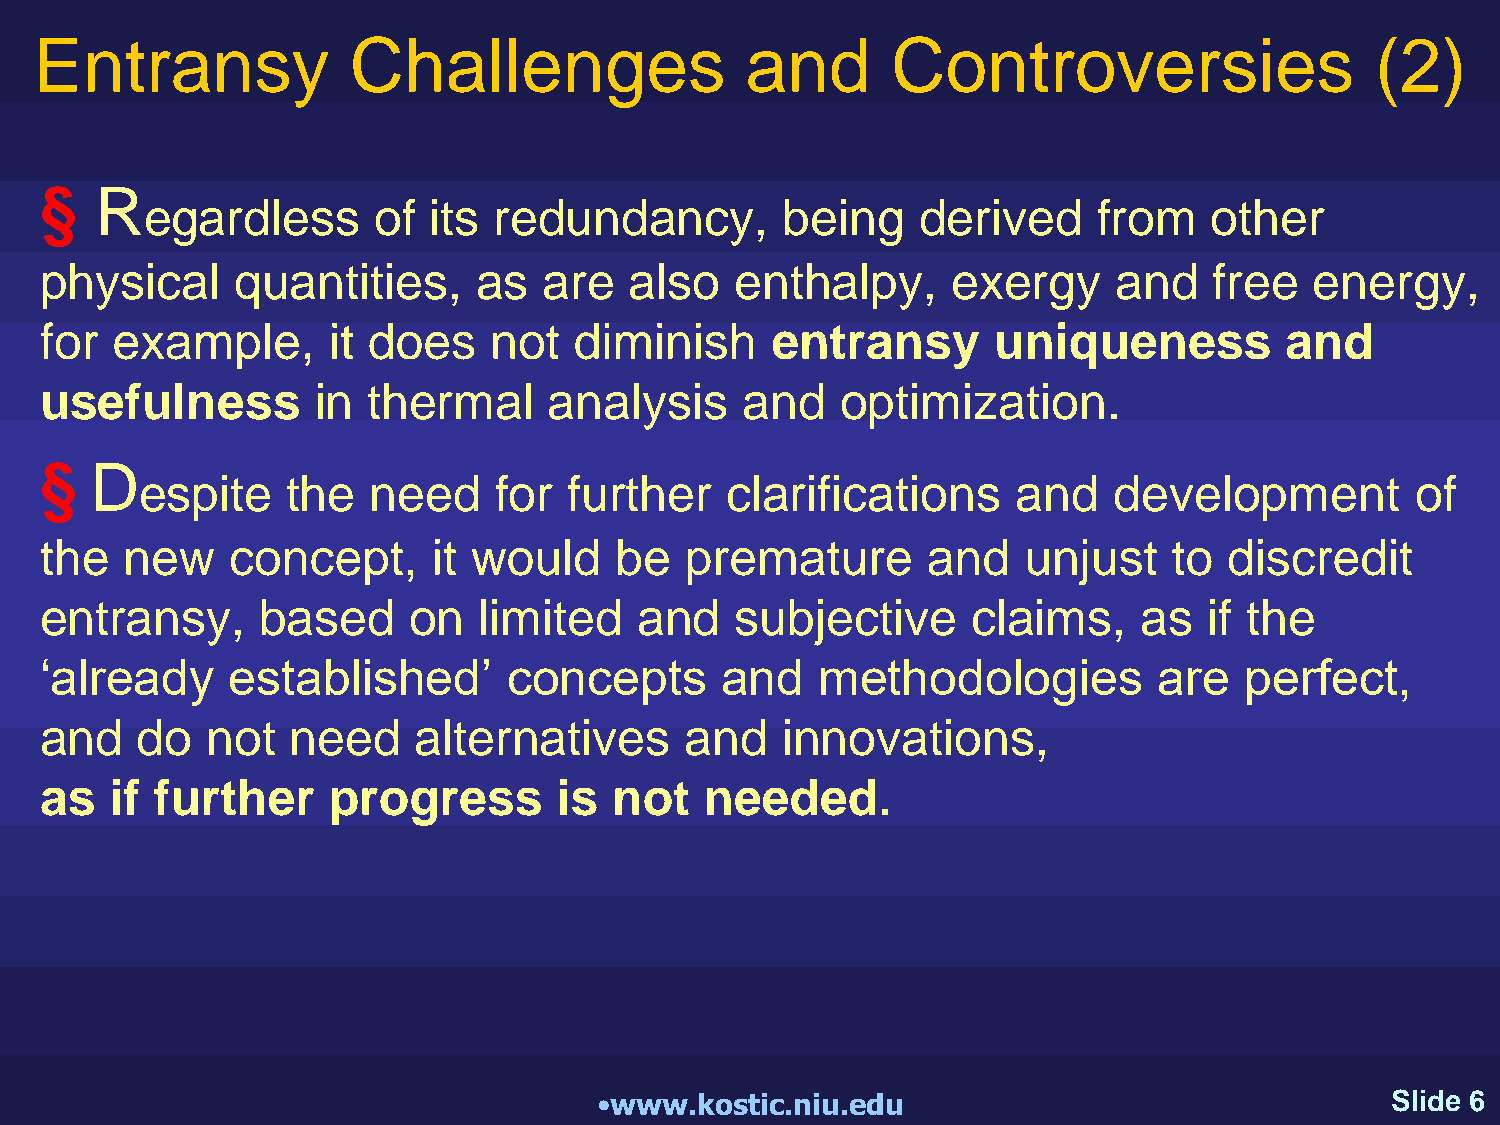
Entransy             Challenges                and       Controversies                   (2)
 §  R
 egardless      of its  redundancy,        being    derived     from   other
 physical     quantities,     as  are   also   enthalpy,     exergy     and   free   energy,
 for example,       it does   not   diminish     entransy       uniqueness         and
 usefulness        in thermal     analysis     and    optimization.
 §  D
 espite    the   need    for  further   clarifications     and    development         of
 the  new    concept,      it would    be  premature       and    unjust    to discredit
 entransy,     based     on   limited   and    subjective     claims,     as  if the
 ‘already    established’       concepts      and   methodologies          are  perfect,
 and   do   not  need     alternatives     and    innovations,
 as  if further     progress       is  not   needed.
 •www.kostic.niu.edu                                 Slide 6